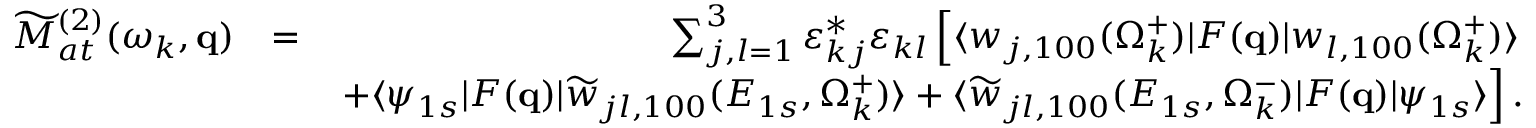
\begin{array} { r l r } { \widetilde { \cal M } _ { a t } ^ { ( 2 ) } ( \omega _ { k } , \mathbf { q } ) } & { = } & { \sum _ { j , l = 1 } ^ { 3 } \varepsilon _ { k j } ^ { * } \varepsilon _ { k l } \left[ \langle w _ { j , 1 0 0 } ( \Omega _ { k } ^ { + } ) | F ( \mathbf { q } ) | { w } _ { l , 1 0 0 } ( \Omega _ { k } ^ { + } ) \rangle \right. } \\ & { } & { \left. + \langle \psi _ { 1 s } | F ( \mathbf { q } ) | \widetilde w _ { j l , 1 0 0 } ( E _ { 1 s } , \Omega _ { k } ^ { + } ) \rangle + \langle \widetilde w _ { j l , 1 0 0 } ( E _ { 1 s } , \Omega _ { k } ^ { - } ) | F ( \mathbf { q } ) | \psi _ { 1 s } \rangle \right] . } \end{array}